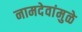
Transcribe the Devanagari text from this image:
नामदेवांमुळे